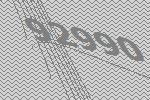
92990